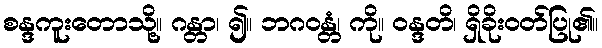
စန္ဒကူးတောသို့။ ဂန္တာ၊ ၍။ ဘဂဝန္တံ၊ ကို။ ဝန္ဒတိ၊ ရှိခိုးဝတ်ပြု၏။